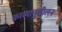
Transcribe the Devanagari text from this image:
काव्यानुशीलन